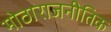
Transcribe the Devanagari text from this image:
मोठाराजनीतिक